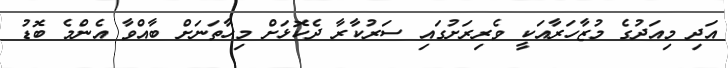
އަދި މިއަދުގެ މުޒާހަރާއަކީ ވެރިރަށުގައި ސަރުކާރާ ދެކޮޅަށް މިހާތަނަށް ބާއްވާ އެންމެ ބޮޑު